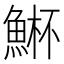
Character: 𮫾